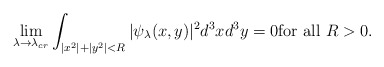
\begin{align*} \lim_{\lambda\to \lambda_{cr}} \int_{|x^2| + |y^2| < R} |\psi_\lambda (x,y)|^2 d^3 x d^3 y= 0 \textnormal{for all $R>0$} . \end{align*}